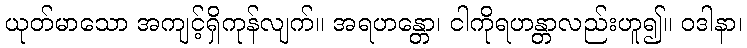
ယုတ်မာသော အကျင့်ရှိကုန်လျက်။ အရဟန္တော၊ ငါကိုရဟန္တာလည်းဟူ၍။ ဝဒါနာ၊